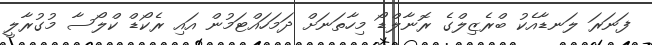
ފަނަރަ ލަނޑާއެކު ބްރެޒިލްގެ ރޮނާލްޑޯ މިހާތަނަށް ދަމަހައްޓަމުން އައި ރެކޯޑް ކްލޯސާ މުގުރާލީ